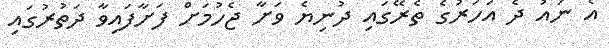
އެ ނައު ދެ އަހަރުގެ ތެރޭގައި ދުނިޔެ ވަށާ ޖެހުމަށް ފަށާފައިވާ ދަތުރުގައި